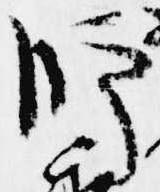
師